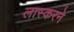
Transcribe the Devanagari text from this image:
लास्करने